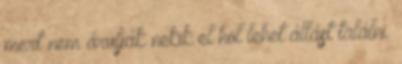
mert nem árulják nekik el hol lehet állást találni.